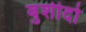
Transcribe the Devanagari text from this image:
बुशीदो